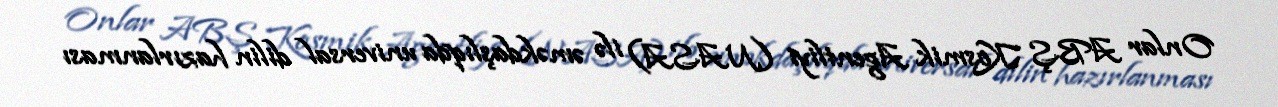
Onlar ABŞ Kosmik Agentliyi (NASA) ilə əməkdaşlıqda universal dilin hazırlanması